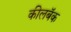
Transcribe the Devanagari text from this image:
कीलबॅक